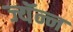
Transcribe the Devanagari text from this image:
ज्यॅन्न